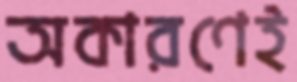
অকারণেই